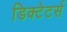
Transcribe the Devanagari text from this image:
डिक्टेटर्स